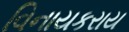
વિનાયકરાય